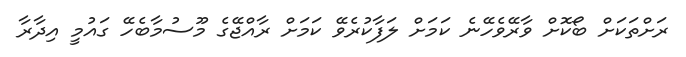
ރަށްތަކަށް ބޯކޮށް ވާރޭވެހޭނެ ކަމަށް ލަފާކުރެވޭ ކަމަށް ރާއްޖޭގެ މޫސުމާބެހޭ ގައުމީ އިދާރާ